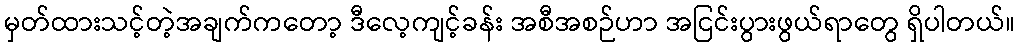
မှတ်ထားသင့်တဲ့အချက်ကတော့ ဒီလေ့ကျင့်ခန်း အစီအစဉ်ဟာ အငြင်းပွားဖွယ်ရာတွေ ရှိပါတယ်။